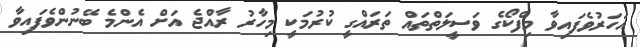
އަހަރުވެފައިވާ މިފްކޯގެ ވަސީލަތްތައް ތަރައްގީ ކުރުމަކީ މިހާރު ރާއްޖެ އަށް އެންމެ ބޭނުންވެފައިވާ